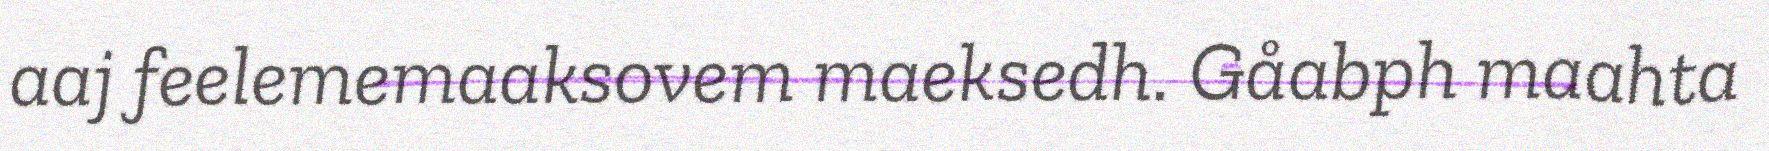
aaj feelememaaksovem maeksedh. Gåabph maahta